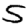
Digit: 5